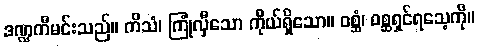
ဒဏ္ဍကီမင်းသည်။ ကိသံ၊ ကြုံလှီသော ကိုယ်ရှိသော။ ဝစ္ဆံ၊ ဝစ္ဆရှင်ရသေ့ကို။